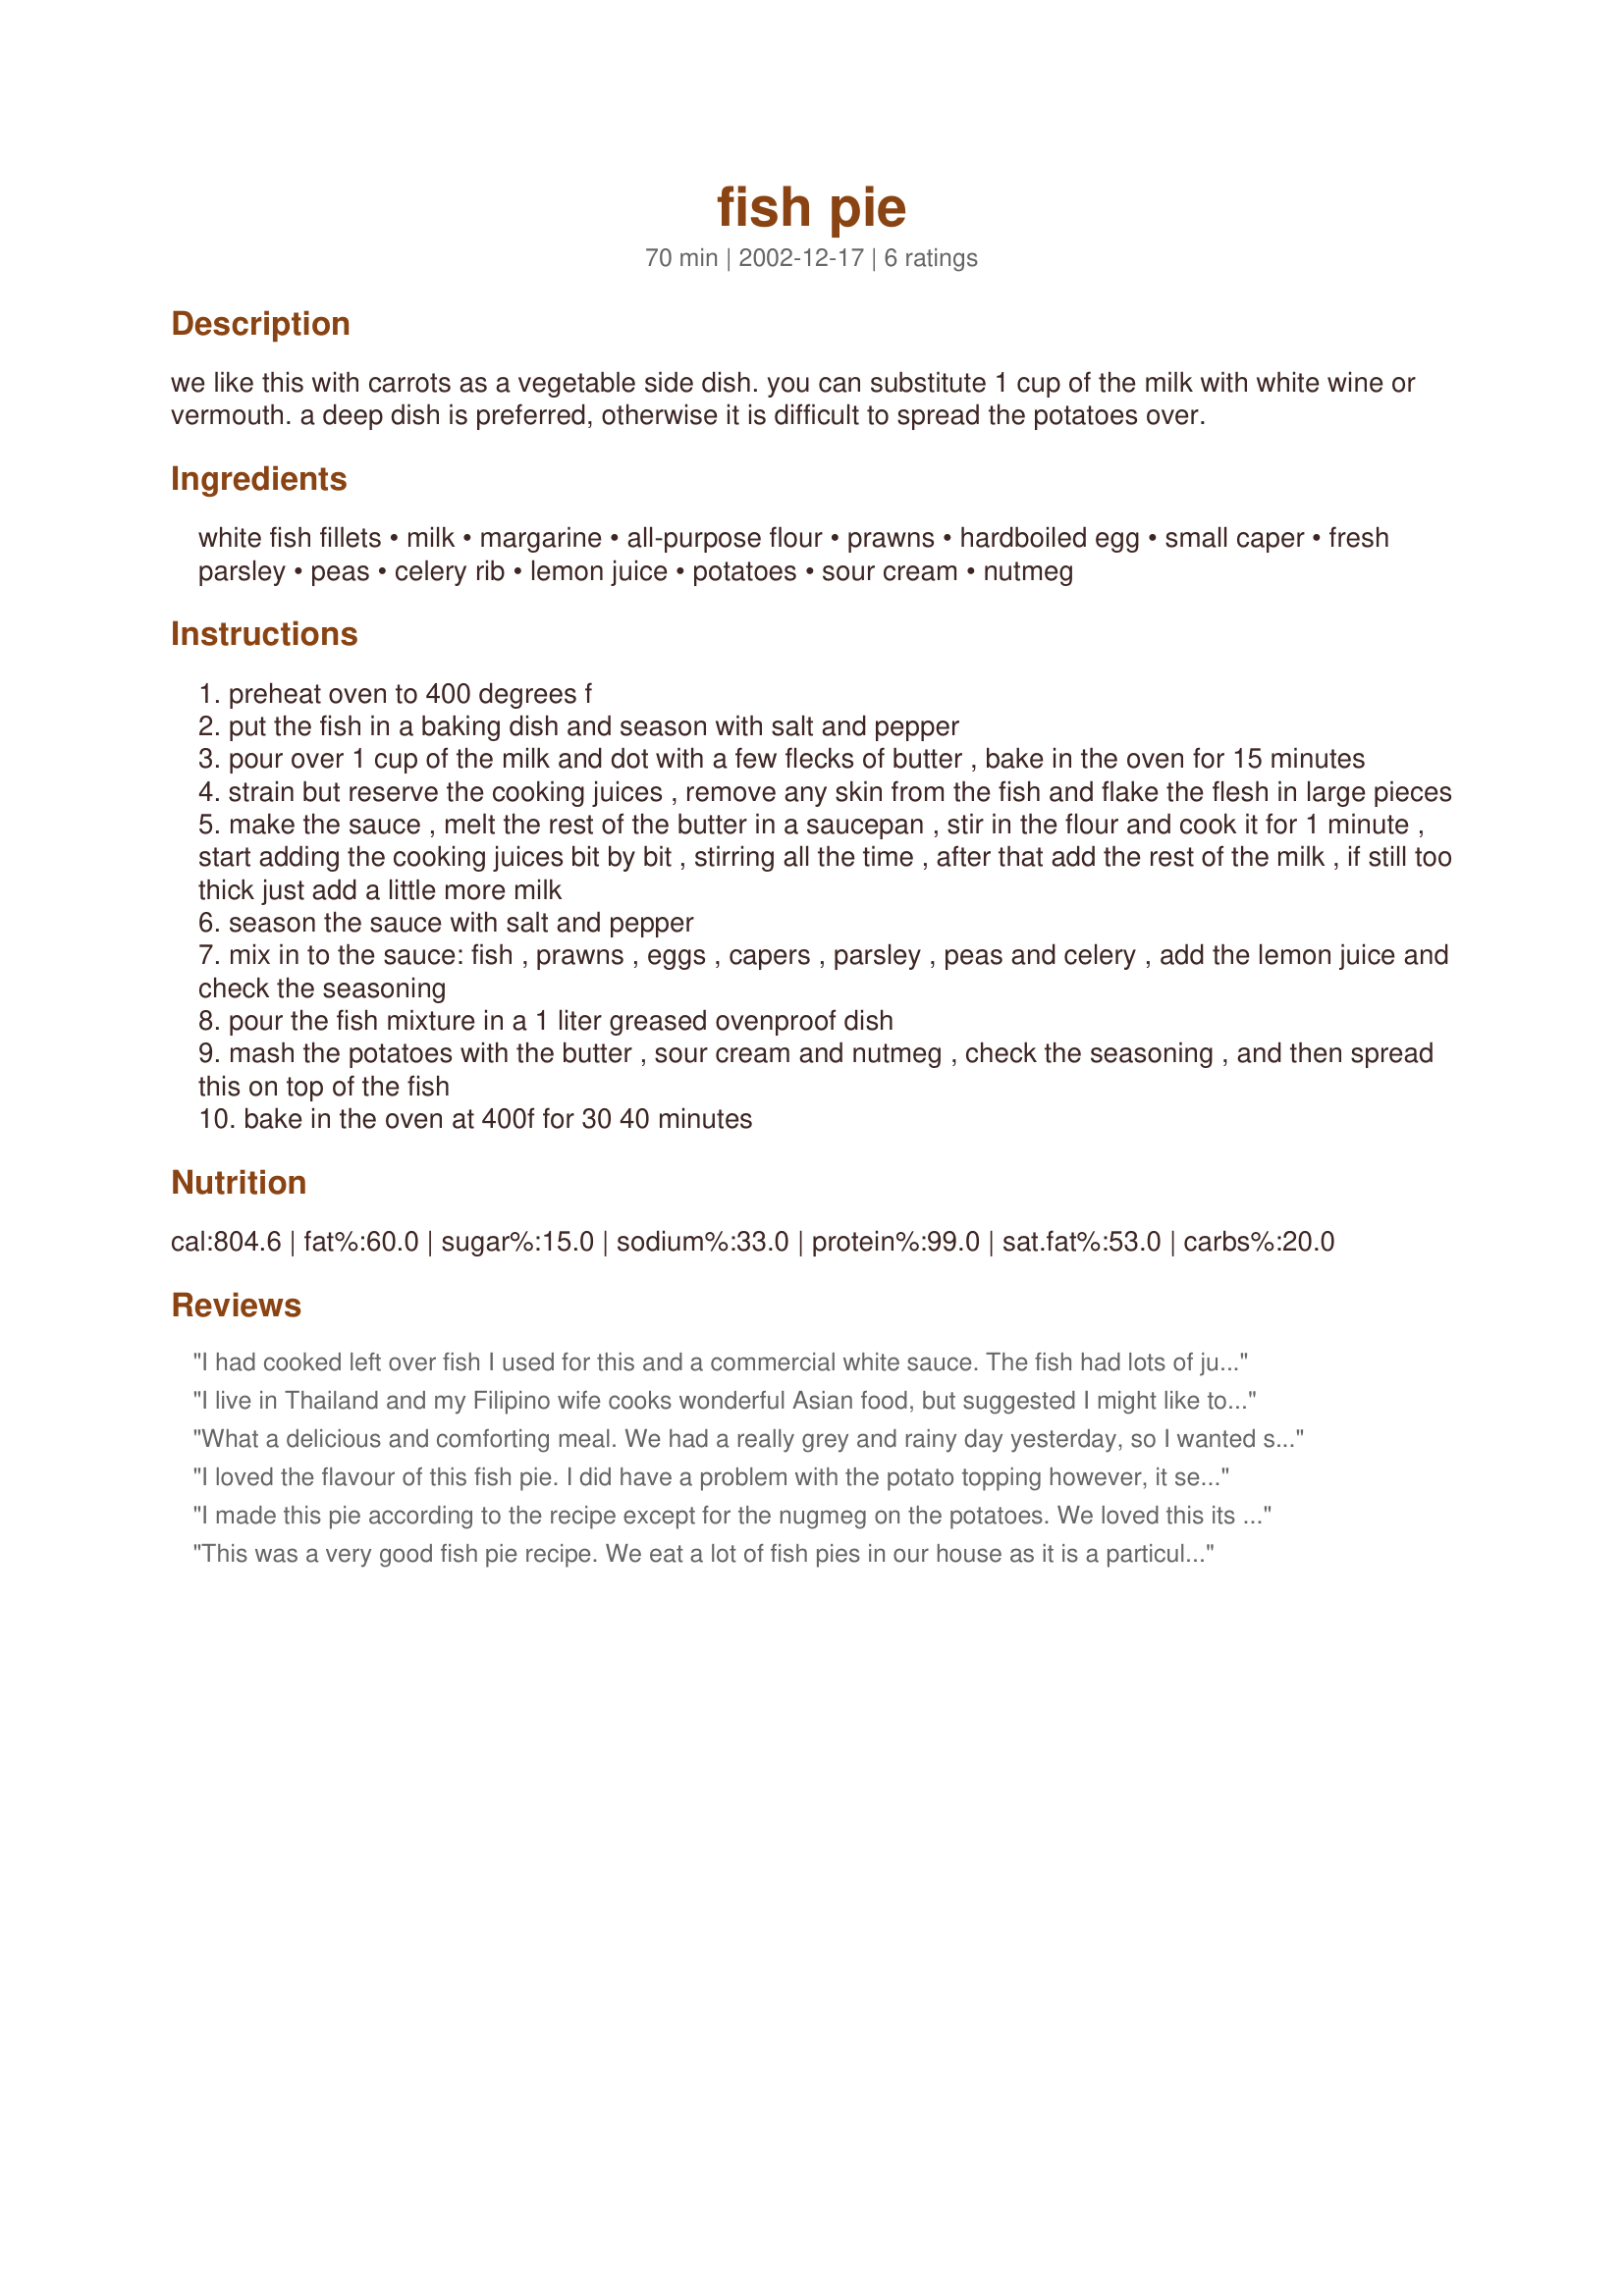
fish pie
Preparation time: 70 minutes

we like this with carrots as a vegetable side dish. you can substitute 1 cup of the milk with white wine or vermouth. a deep dish is preferred, otherwise it is difficult to spread the potatoes over.

Ingredients:
white fish fillets, milk, margarine, all-purpose flour, prawns, hardboiled egg, small caper, fresh parsley, peas, celery rib, lemon juice, potatoes, sour cream, nutmeg

Steps:
preheat oven to 400 degrees f
put the fish in a baking dish and season with salt and pepper
pour over 1 cup of the milk and dot with a few flecks of butter , bake in the oven for 15 minutes
strain but reserve the cooking juices , remove any skin from the fish and flake the flesh in large pieces
make the sauce , melt the rest of the butter in a saucepan , stir in the flour and cook it for 1 minute , start adding the cooking juices bit by bit , stirring all the time , after that add the rest of the milk , if still too thick just add a little more milk
season the sauce with salt and pepper
mix in to the sauce: fish , prawns , eggs , capers , parsley , peas and celery , add the lemon juice and check the seasoning
pour the fish mixture in a 1 liter greased ovenproof dish
mash the potatoes with the butter , sour cream and nutmeg , check the seasoning , and then spread this on top of the fish
bake in the oven at 400f for 30 40 minutes

Reviews:
I had cooked left over fish I used for this and a commercial white sauce. The fish had lots of juice left over, so the box of sauce (300ml) was heaps. I took note of the first review and added a bit of milk to the potato. This was a great meal in a bowl to eat as we sat watching football on the television.
I live in Thailand and my Filipino wife cooks wonderful Asian food, but suggested I might like to prepare something Western 'for once!' PetsRUs' fish pie was my offering. I stuck pretty much to the recipe using cod and salmon and I - and more importantly my wife - were mightily impressed. The celery and capons were a nice touch and the other ingredients all added their contribution to a flavoursome mix which did not drown out the subtle flavour of the fish. I got a '10 out of 10', so the 5 stars I award this dish is well deserved.
What a delicious and comforting meal. We had a really grey and rainy day yesterday, so I wanted something to make me feel warm and cheer me up. This definitely did the trick. Capers or celery are two things I'm not too fond of, so I just left them out and I used dried parsley, so I used only about 1 tsp. I also added a little bit of dill weed and mixed salmon and pollock fillets. I halved the amount of butter ad flour but still used the full amount of liquid and got quite a thick sauce, which surprised me as others had stated it was a little too thin. I did have too much of it though and ended up only using about two thirds. I will definitely be making this again, thanks for sharing.
I loved the flavour of this fish pie. I did have a problem with the potato topping however, it seems to sink into the filling. Im not sure whether there wasnt enough potato or my white sauce was too thin. Either way, it still tasted delicious. UPDATE i just made this again and feel it deserves 5 stars, it really is lovely
I made this pie according to the recipe except for the nugmeg on the potatoes. We loved this its the best fish pie I have made, loved the touch of lemon juice which really added to the filling, this is a recipe I'll use again and again. Thank you.
This was a very good fish pie recipe. We eat a lot of fish pies in our house as it is a particular favorite of my daughter. The filling for this recipe is especially tasty. I followed the recipe poster's suggestion and used 1/2 milk, 1/2 white wine in the sauce, which I would do again as this added a nice flavor. I needed far less liquid, however, than called for - it made the sauce for the filling a bit too thin (although still very tasty). The potato topping came out a bit too thick for my liking- I was tempted to add some milk to soften them more, but didn't, as I thought perhaps the potatoes might be intentionally thick to better absorb some of the delicious filling. Next time, I will add some milk. My family also commented that they would love to have this fish pie again, but with some additional ingredients added to the potatoes (I usually add a little white Cheddar and garlic to mine)as well as double the amount of prawns.
